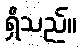
ရှိသည်။